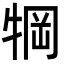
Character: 犅